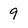
Character: 9